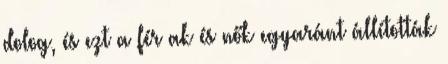
dolog, és ezt a férﬁak és nők egyaránt állították